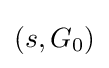
\left(s,G_{0}\right)